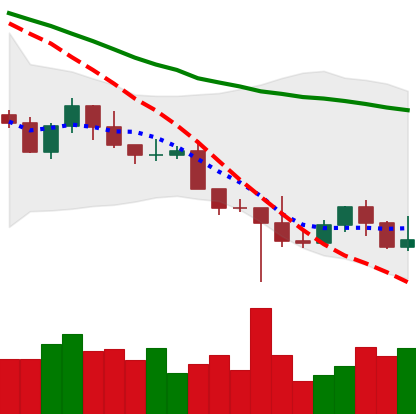
Ticker: NEO-USD
Chart end date: 2022-10-20
Forward return: 9.978%
Label: up_7plus